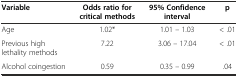
<table><thead><tr><td><b>Variable</b></td><td><b>Odds ratio for critical methods</b></td><td><b>95%Confidence interval</b></td><td><b>p</b></td></tr></thead><tbody><tr><td>Age</td><td>1.02*</td><td>1.01 – 1.03</td><td>&lt; .01</td></tr><tr><td>Previous high lethality methods</td><td>7.22</td><td>3.06 – 17.04</td><td>&lt; .01</td></tr><tr><td>Alcohol coingestion</td><td>0.59</td><td>0.35 – 0.99</td><td>.04</td></tr></tbody></table>